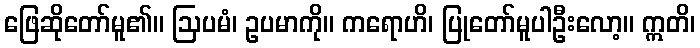
ဖြေဆိုတော်မူ၏။ ဩပမံ၊ ဥပမာကို။ ကရောဟိ၊ ပြုတော်မူပါဦးလော့။ ဣတိ၊